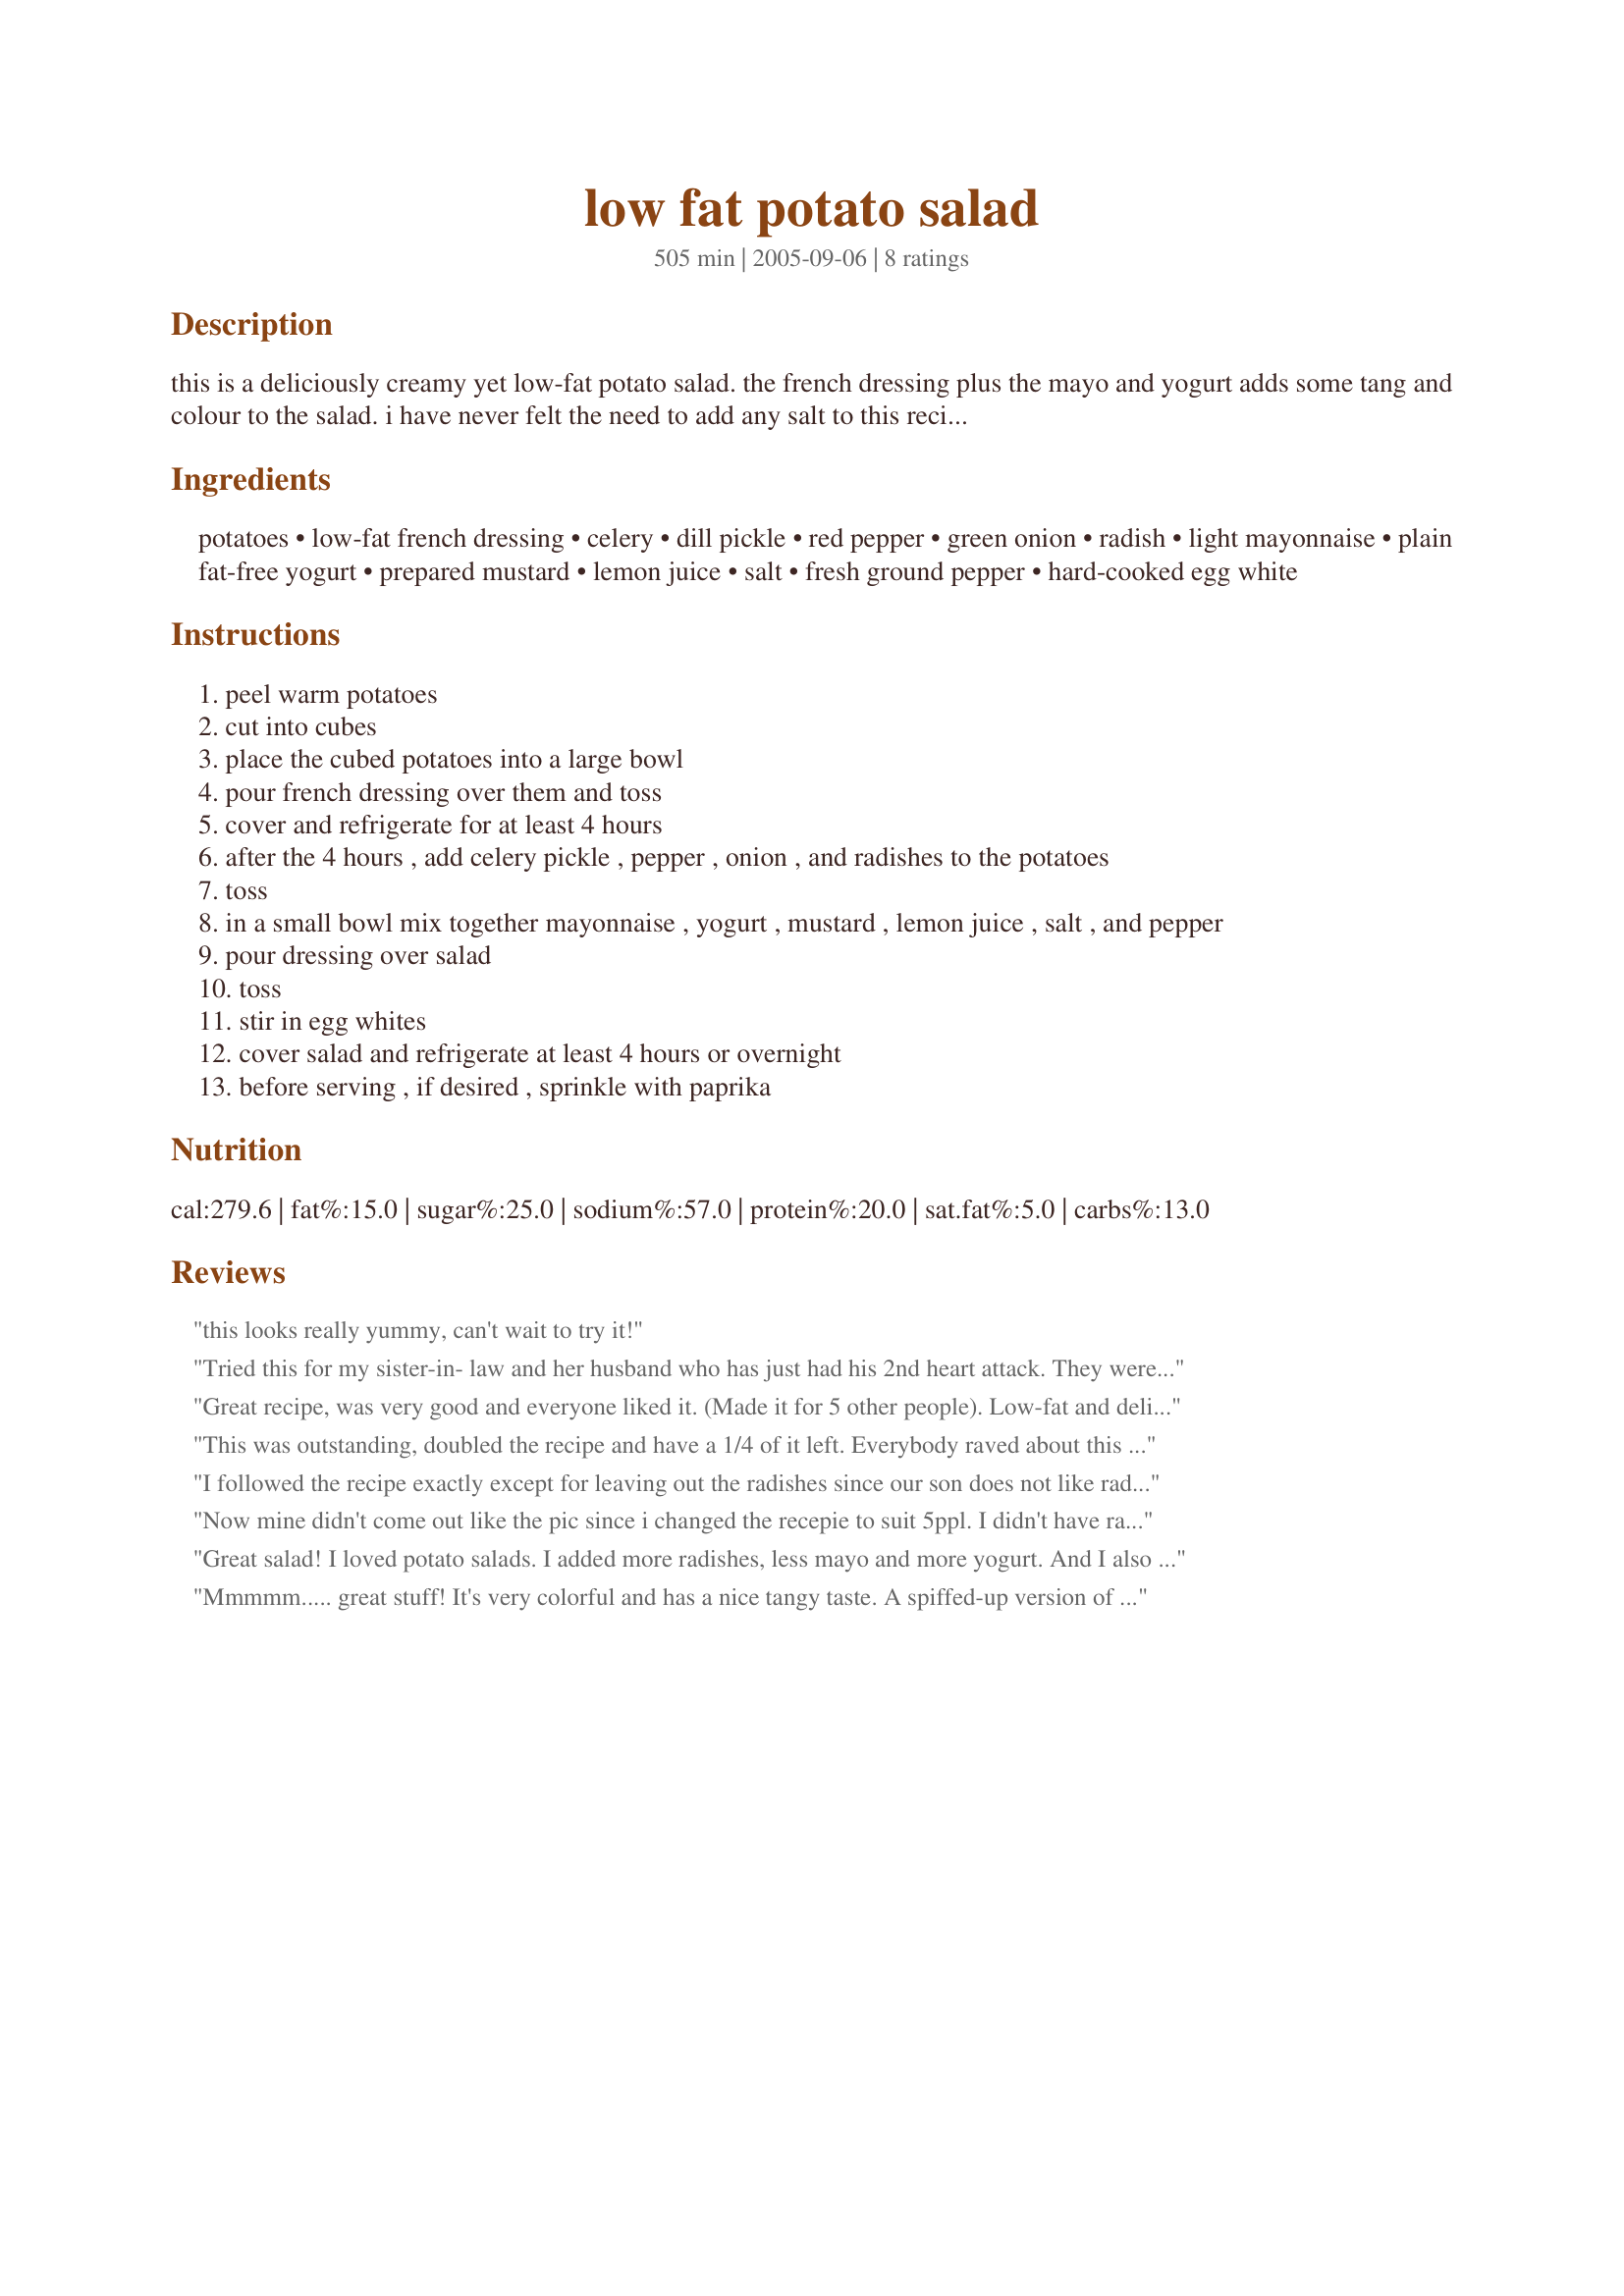
low fat potato salad
Preparation time: 505 minutes

this is a deliciously creamy yet low-fat potato salad. the french dressing plus the mayo and yogurt adds some tang and colour to the salad. i have never felt the need to add any salt to this recipe. plan ahead, this salad needs 2x4 hours chill time. note: if you choose to use the whole eggs instead of egg whites the fat content of this salad will increase. it is also nice to use the 3 or 4 egg whites and then use one sliced whole egg as a decorative topping.

Ingredients:
potatoes, low-fat french dressing, celery, dill pickle, red pepper, green onion, radish, light mayonnaise, plain fat-free yogurt, prepared mustard, lemon juice, salt, fresh ground pepper, hard-cooked egg white

Steps:
peel warm potatoes
cut into cubes
place the cubed potatoes into a large bowl
pour french dressing over them and toss
cover and refrigerate for at least 4 hours
after the 4 hours , add celery pickle , pepper , onion , and radishes to the potatoes
toss
in a small bowl mix together mayonnaise , yogurt , mustard , lemon juice , salt , and pepper
pour dressing over salad
toss
stir in egg whites
cover salad and refrigerate at least 4 hours or overnight
before serving , if desired , sprinkle with paprika

Reviews:
this looks really yummy, can't wait to try it!
Tried this for my sister-in- law and her husband who has just had his 2nd heart attack. They were here over the 4th of July and I wanted a good tasting low fat salad to serve and this more than made the meal a success.
It is full of flavor and the taste is unbeatable, GREAT!!!
Great recipe, was very good and everyone liked it. (Made it for 5 other people). Low-fat and delicious, my favorite combination!
This was outstanding, doubled the recipe and have a 1/4 of it left. Everybody raved about this potato salad. Thank you, will be making this again. Nice having a different potato salad recipe.

Made for ZWT 4--Family Pick
I followed the recipe exactly except for leaving out the radishes since our son does not like radishes. This was excellent. My husband is addicted to potatoe salad so I thought I would find a healthier version of his favorite high fat salad. He loves this one just as much and our son loves it too. Thank you for posting this wonderful healthier recipe!
Now mine didn't come out like the pic since i changed the recepie to suit 5ppl. I didn't have radishes and added 8 strips of bacon diced and cooked to salad. Ya i know its suppose to be lowfat and it still is but you gotta have bacon! I used 15 small red potatoes so the sauce coated the chunks nicely...nobody likes a mayo fest. I added more salt and pepper to taste as I found it was lacking. I give mine 5 stars and stuck this recepie in my favorites. Thank you!
Great salad! I loved potato salads. I added more radishes, less mayo and more yogurt. And I also sprinkle as mentioned paprika on top. Great recipe! Thanks!
Mmmmm..... great stuff! It's very colorful and has a nice tangy taste. A spiffed-up version of the classic potato salad. For bacon-lovers, I think crumbled bacon would taste great in this salad, but it's great just as is. Thanx for posting!
